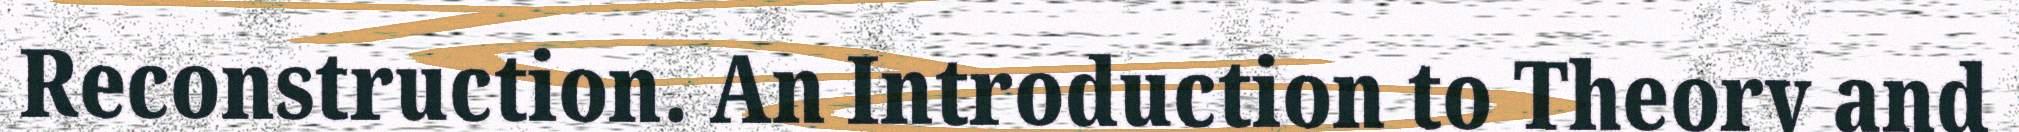
Reconstruction. An Introduction to Theory and